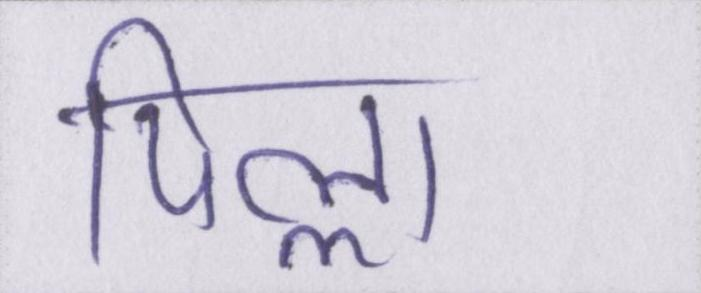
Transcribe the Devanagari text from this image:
पिल्ला